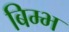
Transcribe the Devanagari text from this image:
बिम्भ